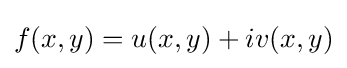
f(x,y)=u(x,y)+iv(x,y)